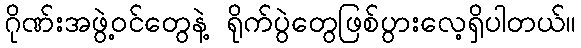
ဂိုဏ်းအဖွဲ့ဝင်တွေနဲ့ ရိုက်ပွဲတွေဖြစ်ပွားလေ့ရှိပါတယ်။